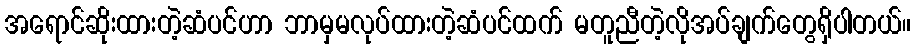
အရောင်ဆိုးထားတဲ့ဆံပင်ဟာ ဘာမှမလုပ်ထားတဲ့ဆံပင်ထက် မတူညီတဲ့လိုအပ်ချက်တွေရှိပါတယ်။